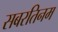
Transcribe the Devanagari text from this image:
सबरतिनम